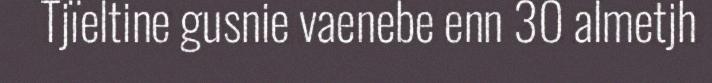
Tjïeltine gusnie vaenebe enn 30 almetjh